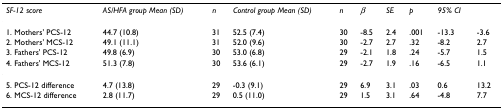
<table><thead><tr><td><b><i>SF-12 score</i></b></td><td><b><i>AS/HFA group Mean (SD)</i></b></td><td><b><i>n</i></b></td><td><b><i>Control group Mean (SD)</i></b></td><td><b><i>n</i></b></td><td><b><i>β</i></b></td><td><b><i>SE</i></b></td><td><b><i>p</i></b></td><td><b><i>95% CI</i></b></td><td></td></tr></thead><tbody><tr><td>1. Mothers&#x27; PCS-12</td><td>44.7 (10.8)</td><td>31</td><td>52.5 (7.4)</td><td>30</td><td>-8.5</td><td>2.4</td><td>.001</td><td>-13.3</td><td>-3.6</td></tr><tr><td>2. Mothers&#x27; MCS-12</td><td>49.1 (11.1)</td><td>31</td><td>52.0 (9.6)</td><td>30</td><td>-2.7</td><td>2.7</td><td>.32</td><td>-8.2</td><td>2.7</td></tr><tr><td>3. Fathers&#x27; PCS-12</td><td>49.8 (6.9)</td><td>30</td><td>53.0 (6.8)</td><td>29</td><td>-2.1</td><td>1.8</td><td>.24</td><td>-5.7</td><td>1.5</td></tr><tr><td>4. Fathers&#x27; MCS-12</td><td>51.3 (7.8)</td><td>30</td><td>53.6 (6.1)</td><td>29</td><td>-2.7</td><td>1.9</td><td>.16</td><td>-6.5</td><td>1.1</td></tr><tr><td>5. PCS-12 difference</td><td>4.7 (13.8)</td><td>29</td><td>-0.3 (9.1)</td><td>29</td><td>6.9</td><td>3.1</td><td>.03</td><td>0.6</td><td>13.2</td></tr><tr><td>6. MCS-12 difference</td><td>2.8 (11.7)</td><td>29</td><td>0.5 (11.0)</td><td>29</td><td>1.5</td><td>3.1</td><td>.64</td><td>-4.8</td><td>7.7</td></tr></tbody></table>